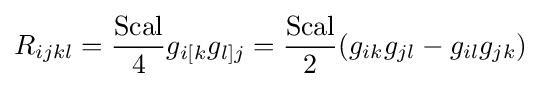
R_{ijkl}={\frac {\operatorname {Scal} }{4}}g_{i[k}g_{l]j}={\frac {\operatorname {Scal} }{2}}(g_{ik}g_{jl}-g_{il}g_{jk})